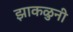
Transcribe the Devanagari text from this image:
झाकळुनी